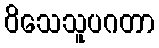
ဝိသေသူပဂတာ